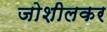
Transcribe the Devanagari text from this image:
जोशीलकर